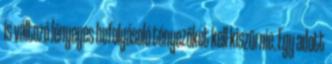
is változó lényeges befolyásoló tényezőket kell kiszűrnie. Egy adott